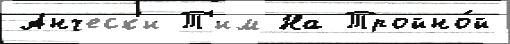
Анческ'и Т'им На Тройно́й